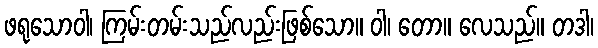
ဖရုသောဝါ၊ ကြမ်းတမ်းသည်လည်းဖြစ်သော။ ဝါ၊ တော။ လေသည်။ တဒါ၊